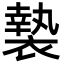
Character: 褺